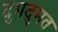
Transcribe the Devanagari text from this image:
दुमदुमत